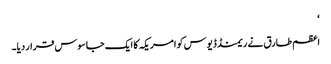
‘
اعظم طارق نے ریمنڈ ڈیوس کو امریکہ کا ایک جاسوس قرار دیا۔